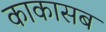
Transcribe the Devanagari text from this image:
काकासब